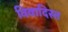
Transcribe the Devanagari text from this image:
विवादिस्त